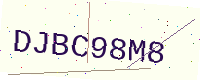
Text: DJBC98M8